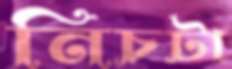
নিচটা